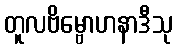
တူလဗိမ္ဗောဟနာဒီသု